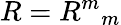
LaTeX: R={R^{m}}_{m}